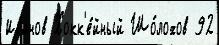
Иванов Хокк'е́йный Шо́лохов 92